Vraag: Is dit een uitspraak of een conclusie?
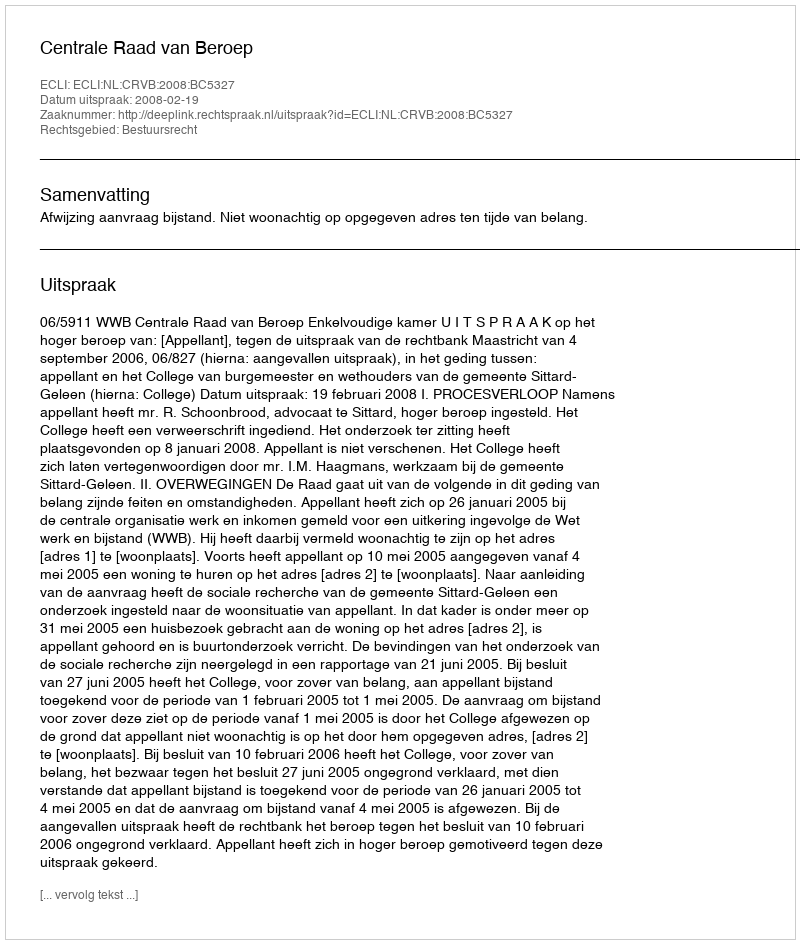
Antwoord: Uitspraak